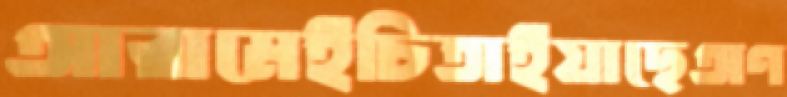
আরামেইচিতাইয়াছেঅণ